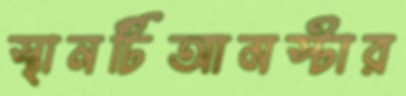
স্থানটিআমস্টার